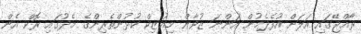
ރާއްޖޭގައި އަލަށް އުފެދެމުން އަންނަ ޒުވާން މިއުޒިކް ކުޅުންތެރިންގެ މެދުގައި ރޮކް އެން